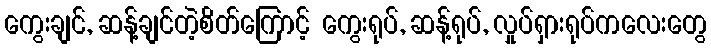
ကွေးချင်, ဆန့်ချင်တဲ့စိတ်ကြောင့် ကွေးရုပ်, ဆန့်ရုပ်, လှုပ်ရှားရုပ်ကလေးတွေ